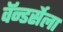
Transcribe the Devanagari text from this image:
वॅन्डर्सेला